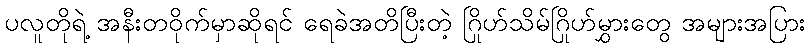
ပလူတိုရဲ့ အနီးတဝိုက်မှာဆိုရင် ရေခဲအတိပြီးတဲ့ ဂြိုဟ်သိမ်ဂြိုဟ်မွှားတွေ အများအပြား